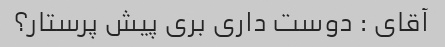
آقای : دوست داری بری پیش پرستار؟